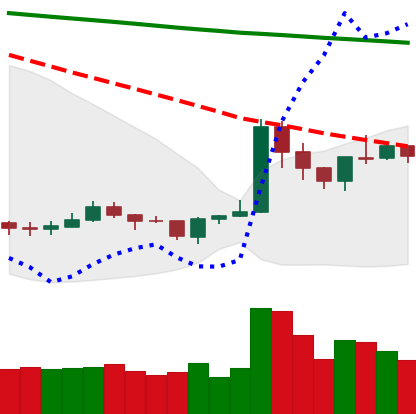
Ticker: XRP-USD
Chart end date: 2020-01-13
Forward return: 14.425%
Label: up_7plus